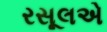
રસૂલએ